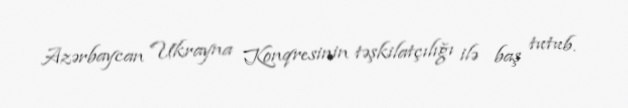
Azərbaycan Ukrayna Konqresinin təşkilatçılığı ilə baş tutub.